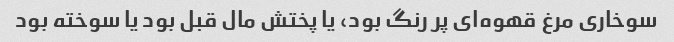
سوخاری مرغ قهوه‌ای پر رنگ بود، یا پختش مال قبل بود یا سوخته بود